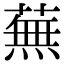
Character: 蕪